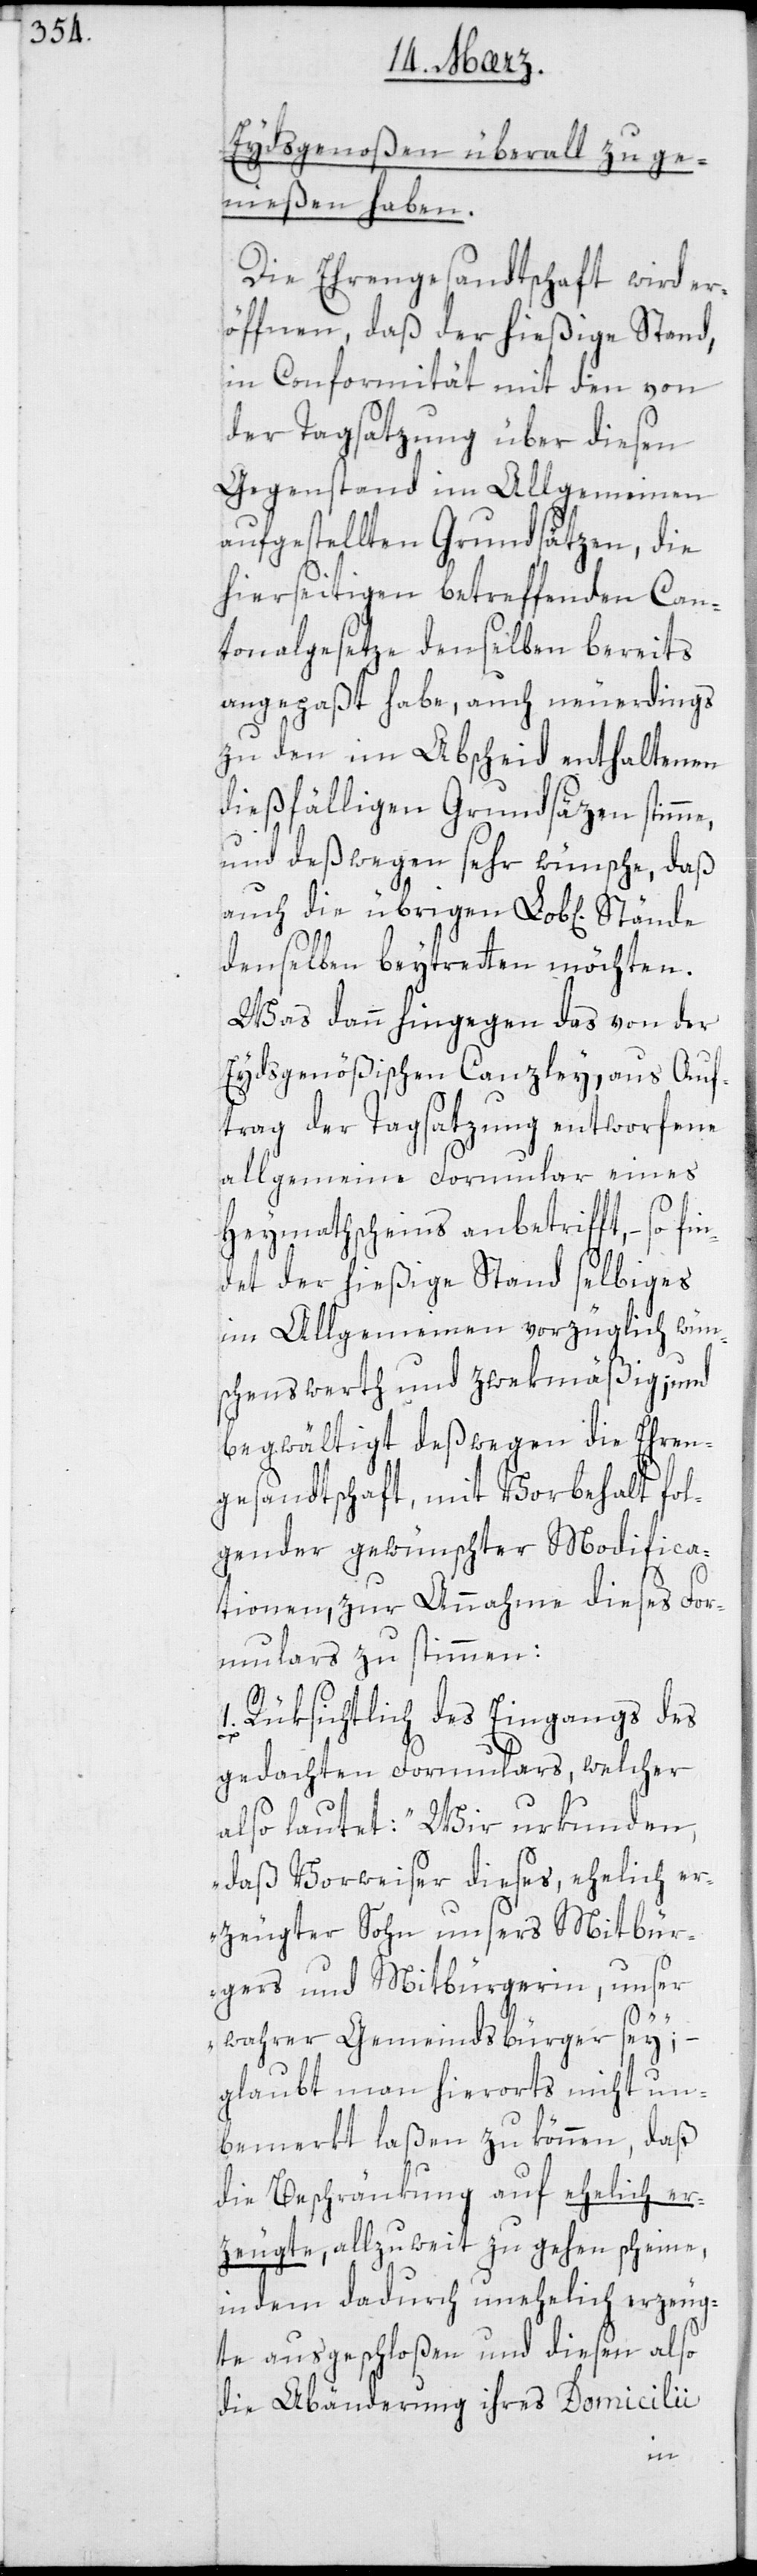
Eydsgenoßen überall zu ge¬
nießen haben.
Die Ehrengesandtschaft wird er¬
öffnen, daß der hießige Stand
in Conformität mit den von
der Tagsatzung über diesen
Gegenstand im Allgemeinen
aufgestellten Grundsätzen, die
hierseitigen betreffenden Can¬
tonalgesetze denselben bereits
angepaßt habe, auch neuerdings
zu den im Abscheid enthaltenen
dießfälligen Grundsätzen stimme,
und deßwegen sehr wünsche, daß
auch die übrigen Lob[lichen]
denselben beytreten möchten.
Was dann hingegen das von der
eidsgenößischen Canzley, aus Auf¬
trag der Tagsatzung entworfene
allgemeine Formular eines
Heymathscheins anbetrifft, – so
det der hießige Stand selbiges
im Allgemeinen vorzüglich wün¬
schenswerth und zwekmäßig; und
begwältigt deßwegen die Ehren¬
gesandtschaft, mit Vorbehalt fol¬
gender gewünschter Modifica¬
tionen, zur Annahme dieses For¬
mulars zu stimmen:
1. Rüksichtlich des Eingangs des
gedachten Formulars, welcher
also lautet: „Wir urkunden,
daß Vorweiser dieses, ehelich er¬
zeugter Sohn unsers Mitbür¬
gers und Mitbürgerin, unser
wahrer Gemeindsbürger sey“,
glaubt man hierorts nicht un¬
bemerkt laßen zu können, daß
die Beschränkung auf ehelich er¬
zeugte, allzuweit zu gehen scheine,
indem dadurch uneheliche erzeug¬
te ausgeschloßen und diesen also
die Abänderung ihres Domicilii
fin¬